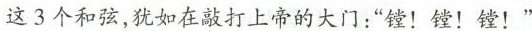
这3个和弦，犹如在敲打上帝的大门：”镗！镗！镗！”